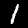
Label: 1